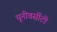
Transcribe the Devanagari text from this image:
यूनीवर्सीटी